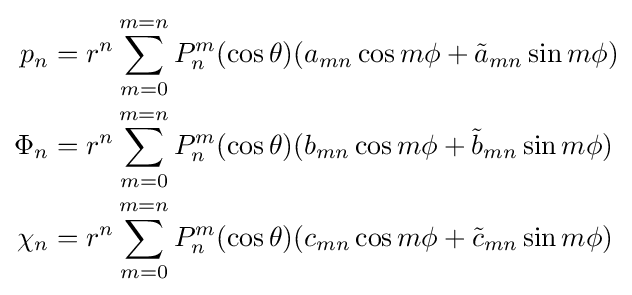
{\begin{aligned}p_{n}&=r^{n}\sum _{m=0}^{m=n}P_{n}^{m}(\cos \theta )(a_{mn}\cos m\phi +{\tilde {a}}_{mn}\sin m\phi )\\\Phi _{n}&=r^{n}\sum _{m=0}^{m=n}P_{n}^{m}(\cos \theta )(b_{mn}\cos m\phi +{\tilde {b}}_{mn}\sin m\phi )\\\chi _{n}&=r^{n}\sum _{m=0}^{m=n}P_{n}^{m}(\cos \theta )(c_{mn}\cos m\phi +{\tilde {c}}_{mn}\sin m\phi )\end{aligned}}